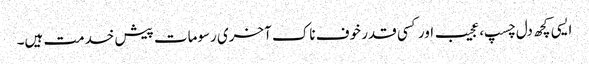
ایسی کچھ دل چسپ، عجیب اور کسی قدر خوف ناک آخری رسومات پیش خدمت ہیں۔